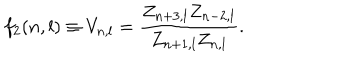
LaTeX: f _ { 2 } ( n , l ) \equiv V _ { n , l } = \frac { Z _ { n + 3 , l } Z _ { n - 2 , l } } { Z _ { n + 1 , l } Z _ { n , l } } .